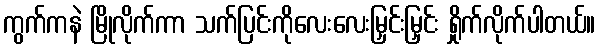
ကွက်ကနဲ မြိုလိုက်ကာ သက်ပြင်းကိုလေးလေးမြှင်းမြှင်း ရှိုက်လိုက်ပါတယ်။